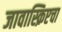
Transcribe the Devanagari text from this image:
जावास्क्रिप्टचा